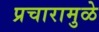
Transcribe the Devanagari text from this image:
प्रचारामुळे